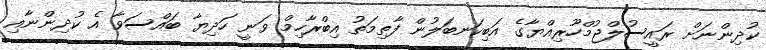
ކުދިންނަށް ރައީސުލްޖުމްހޫރިއްޔާގެ އަބިކަނބަލުން ފާތިމަތު އިބްރާހިމް ވަނީ ހަދިޔާ ބައްސަވާ އެ ކުދިންނާއި